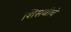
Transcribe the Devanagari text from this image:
शिसवीचे